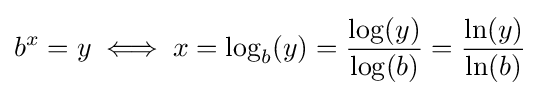
b^{x}=y\iff x=\log _{b}(y)={\frac {\log(y)}{\log(b)}}={\frac {\ln(y)}{\ln(b)}}